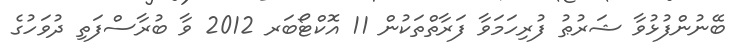
ބޭނުންފުޅުވާ ޝަރުޠު ފުރިހަމަވާ ފަރާތްތަކުން 11 އޮކްޓޯބަރ 2012 ވާ ބުރާސްފަތި ދުވަހުގެ